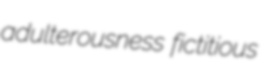
adulterousness fictitious